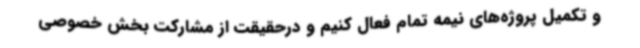
و تکمیل پروژه‌های نیمه تمام فعال کنیم و درحقیقت از مشارکت بخش خصوصی